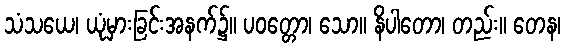
သံသယေ၊ ယုံမှားခြင်းအနက်၌။ ပဝတ္တော၊ သော။ နိပါတော၊ တည်း။ တေန၊